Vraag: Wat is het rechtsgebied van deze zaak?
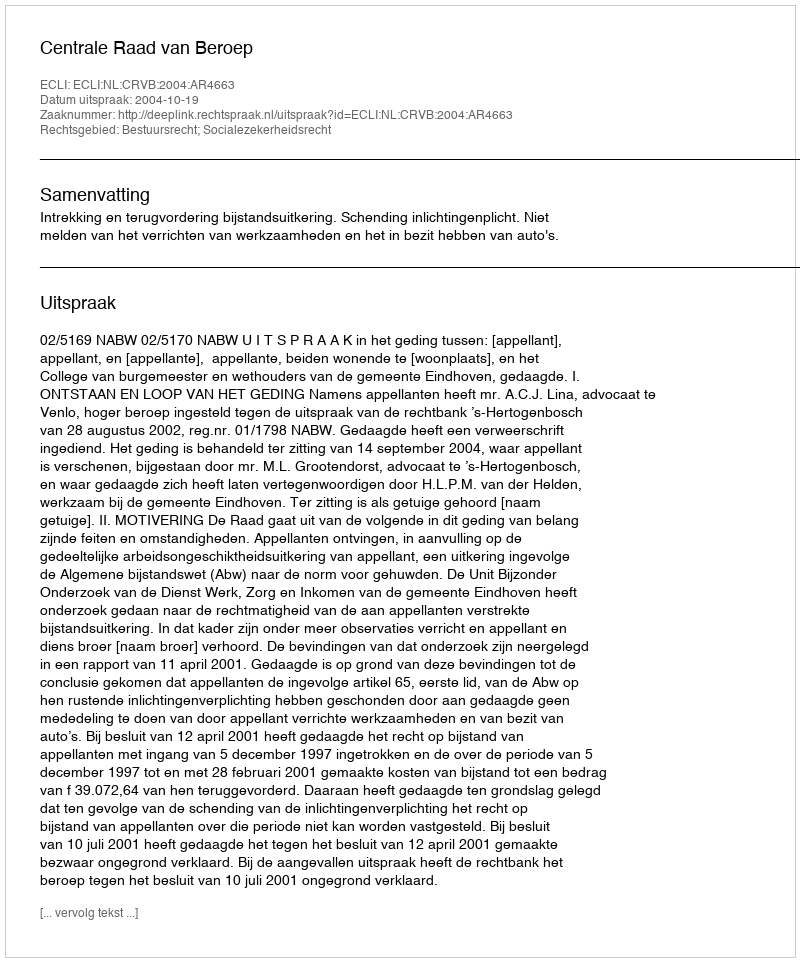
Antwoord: Bestuursrecht; Socialezekerheidsrecht